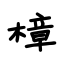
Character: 樟